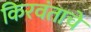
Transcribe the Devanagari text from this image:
किरवंताचे